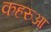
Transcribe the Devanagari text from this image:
कहरुआ